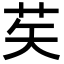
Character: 䒨